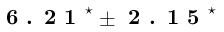
\textbf { 6 . 2 1 } ^ { \star } \pm \textbf { 2 . 1 5 } ^ { \star }